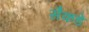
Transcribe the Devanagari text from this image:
सैकडे